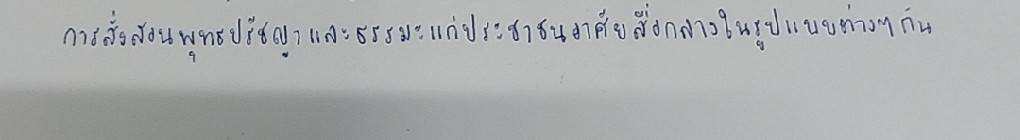
การสั่งสอนพุทธปรัชญาและธรรมะแก่ประชาชนอาศัยสื่อกลางในรูปแบบต่างๆกัน